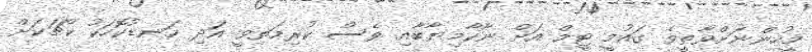
މީހުންނަށްވާތީވެ ގައުމީ ޓީމް އަށް ނާކާމިޔާބާއި ވެސް ކުރިމަތިވީ އަދި ކަނޑުކޮހަކު ކޯޗަކަށް